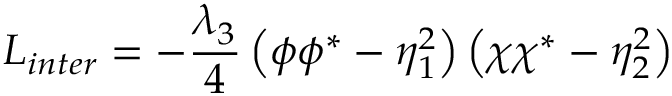
{ \cal L } _ { i n t e r } = - \frac { \lambda _ { 3 } } { 4 } \left( \phi \phi ^ { * } - \eta _ { 1 } ^ { 2 } \right) \left( \chi \chi ^ { * } - \eta _ { 2 } ^ { 2 } \right)